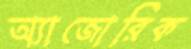
অ্যাজোরিক